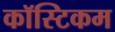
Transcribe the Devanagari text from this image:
कॉस्टिकम